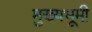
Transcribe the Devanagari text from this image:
मुख्यभूमी